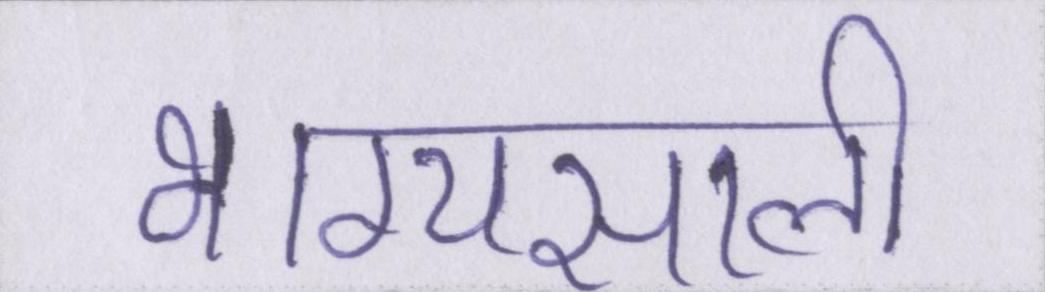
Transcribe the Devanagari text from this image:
भाग्यसाली